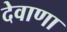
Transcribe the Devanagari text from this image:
देवाणा